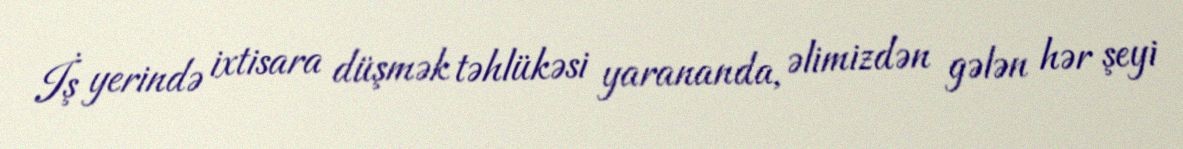
İş yerində ixtisara düşmək təhlükəsi yarananda, əlimizdən gələn hər şeyi